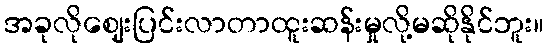
အခုလိုဈေးပြင်းလာတာထူးဆန်းမှုလို့မဆိုနိုင်ဘူး။